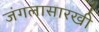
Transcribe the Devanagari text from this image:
जंगलासारखी